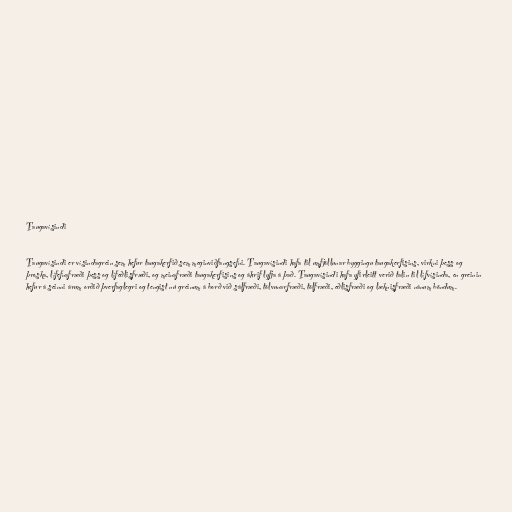
Taugavísindi

Taugavísindi er vísindagrein sem hefur taugakerfið sem meginviðfangsefni. Taugavísindi hafa til umfjöllunar byggingu taugakerfisins, virkni þess og
þroska, lífefnafræði þess og lífeðlisfræði, og meinafræði taugakerfisins og áhrif lyfja á það. Taugavísindi hafa yfirleitt verið talin til lífvísinda, en greinin
hefur á seinni árum orðið þverfaglegri og tengist nú greinum á borð við sálfræði, tölvunarfræði, tölfræði, eðlisfræði og læknisfræði nánum böndum.